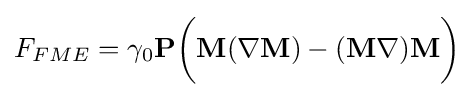
F_{FME}=\gamma _{0}{\mathbf {P}}{\biggl (}{\mathbf {M}}(\nabla {\mathbf {M}})-({\mathbf {M}}\nabla ){\mathbf {M}}{\biggr )}